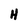
Character: H